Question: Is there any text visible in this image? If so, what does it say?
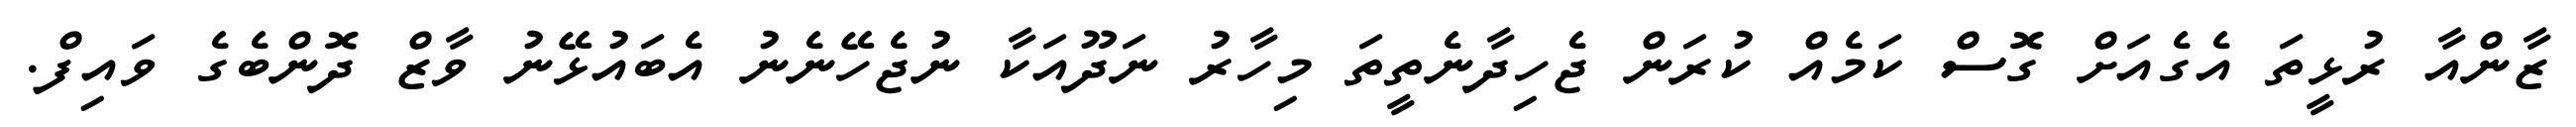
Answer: ޒާންއާ ރުޅީތަ އެގެއަށް ގޮސް ކަމެއް ކުރަން ޖެހިދާނެތީތަ މިހާރު ނަދޫއަކާ ނުޖެހޭނެނު އެބައުޅޭނު ވާޒް ދޮންބެގެ ވައިފް.